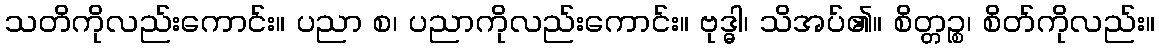
သတိကိုလည်းကောင်း။ ပညာ စ၊ ပညာကိုလည်းကောင်း။ ဗုဒ္ဓါ၊ သိအပ်၏။ စိတ္တဉ္စ၊ စိတ်ကိုလည်း။